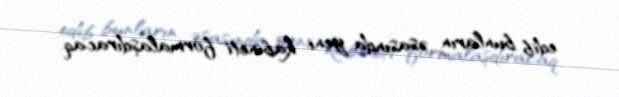
edib bunların əsasında yeni kabineti formalaşdıracaq.